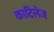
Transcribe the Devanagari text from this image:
काटिलेज